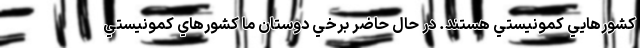
کشورهايي کمونيستي هستند. در حال حاضر برخي دوستان ما کشورهاي کمونيستي